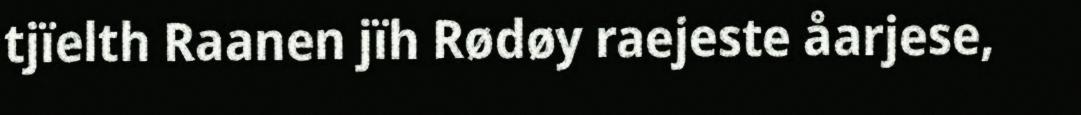
tjïelth Raanen jïh Rødøy raejeste åarjese,